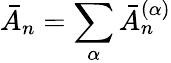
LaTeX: \bar{A}_{n}=\sum_{\alpha}\bar{A}_{n}^{(\alpha)}